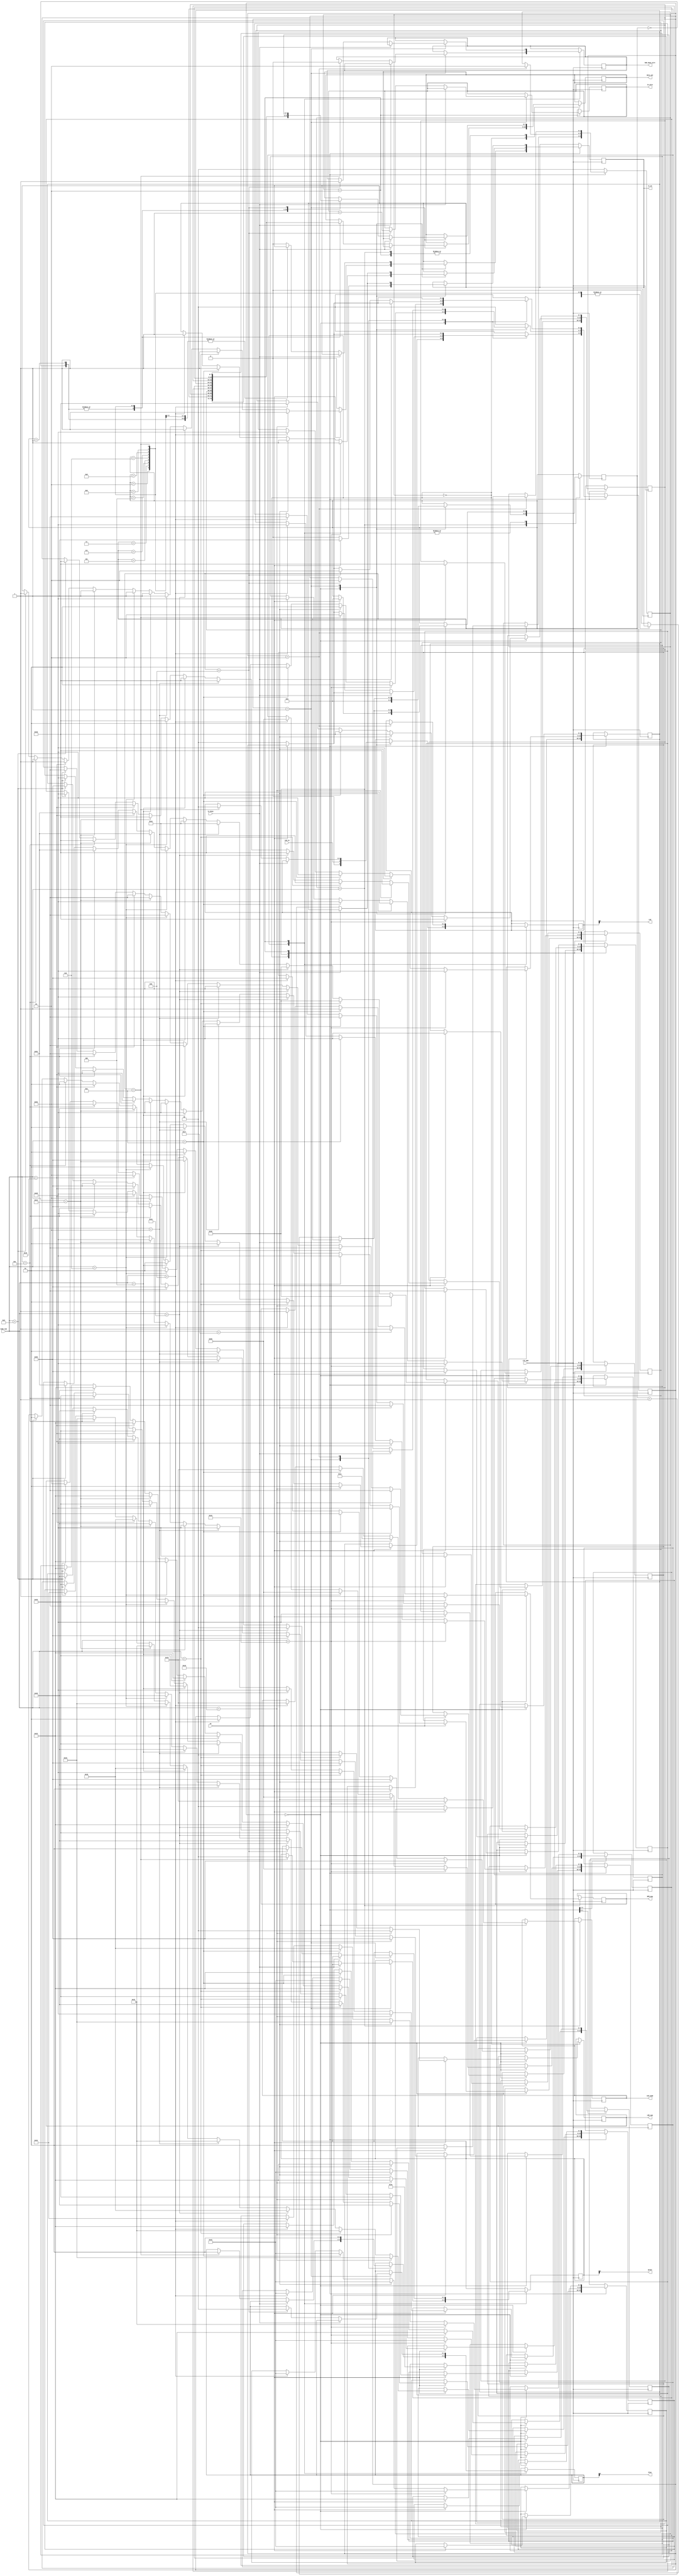
module FIM(
    input clk_50M, tx_busy, en,
	 input red_in,
	 input [4:0] node_num,
	 output reg tx_en,
	 output reg [7:0] data_out,
	 output reg BPM_msg, 
	 output reg [4:0] end_node,
	 output blue, green,
	 output reg [1:0] LED_num,
	 output red,
	 output bdm_done_wire,
	 output [1:0] in_wire
);

	 //assign tx_en = 1;
	 reg [4:0] cnt = 5'd0;
	 parameter IDLE = 2'd0;
	 parameter SEND = 2'd1;
	 parameter WAIT = 2'd2;
	 parameter FIM = 2'd0;
	 parameter BPM = 2'd1;
	 parameter BDM = 2'd2;
	 reg [1:0] state = IDLE, blue_reg=0, green_reg=0,red_reg=0;
	 reg [1:0] msg_type=FIM;
	 reg [7:0] data_0, data_1, data_2, data_3, data_4, data_5, data_6, data_7, data_8, data_9,data_10;
	 reg bdm_done=0;
	 reg [1:0]in=0;

	 
	 assign blue=blue_reg;
	 assign green=green_reg;
	 assign red=red_reg;
	 assign bdm_done_wire=bdm_done;
	 assign in_wire=in;
	 
	 
	 
    always @(posedge clk_50M) begin 
	 //red_reg<=red_in;
	 
	 //if (reset) red_reg<=0; blue_reg<=0; green_reg<=0;
	 case(msg_type)
		FIM: begin
		case(state)
			IDLE: begin
			red_reg<=red_in;
				if (en) begin
					cnt <= 0;
					if (node_num==29) begin
					//FIM-ESU1-#
					data_0 <= 8'd70;
					data_1 <= 8'd73;
					data_2 <= 8'd77;
					data_3 <= 8'd45;
					data_4 <= 8'd69; //unit
					data_5 <= 8'd83;
					data_6 <= 8'd85;
					data_7 <= 8'd51;   //number
					data_8 <= 8'd45;
					data_9 <= 8'd35;
					LED_num<=2'd0;
					tx_en <= 1;
					state <= SEND;
					end
					else if (node_num==25) begin
					//FIM-ESU2-#
					data_0 <= 8'd70;
					data_1 <= 8'd73;
					data_2 <= 8'd77;
					data_3 <= 8'd45;
					data_4 <= 8'd69; //unit
					data_5 <= 8'd83;
					data_6 <= 8'd85;
					data_7 <= 8'd49;   //number
					data_8 <= 8'd45;
					data_9 <= 8'd35;
					LED_num<=2'd0;
					tx_en <= 1;
					state <= SEND;
					end
					else if (node_num==26) begin
					//FIM-ESU3-#
					data_0 <= 8'd70;
					data_1 <= 8'd73;
					data_2 <= 8'd77;
					data_3 <= 8'd45;
					data_4 <= 8'd69; //unit
					data_5 <= 8'd83;
					data_6 <= 8'd85;
					data_7 <= 8'd50;  //number
					data_8 <= 8'd45;
					data_9 <= 8'd35;
					LED_num<=2'd0;
					tx_en <= 1;
					state <= SEND;
					end
					
					else if (node_num==2) begin
					//FIM-CSU1-#
					data_0 <= 8'd70;
					data_1 <= 8'd73;
					data_2 <= 8'd77;
					data_3 <= 8'd45;
					data_4 <= 8'd67; //unit
					data_5 <= 8'd83;
					data_6 <= 8'd85;
					data_7 <= 8'd49;  //number
					data_8 <= 8'd45;
					data_9 <= 8'd35;
					LED_num<=2'd1;
					tx_en <= 1;
					state <= SEND;
					end
					
					
					else if (node_num==4) begin
					//FIM-CSU2-#
					data_0 <= 8'd70;
					data_1 <= 8'd73;
					data_2 <= 8'd77;
					data_3 <= 8'd45;
					data_4 <= 8'd67; //unit
					data_5 <= 8'd83;
					data_6 <= 8'd85;
					data_7 <= 8'd50;  //number
					data_8 <= 8'd45;
					data_9 <= 8'd35;
					LED_num<=2'd1;
					tx_en <= 1;
					state <= SEND;
					end
					
					
					else if (node_num==6) begin
					//FIM-CSU3-#
					data_0 <= 8'd70;
					data_1 <= 8'd73;
					data_2 <= 8'd77;
					data_3 <= 8'd45;
					data_4 <= 8'd67; //unit
					data_5 <= 8'd83;
					data_6 <= 8'd85;
					data_7 <= 8'd51;  //number
					data_8 <= 8'd45;
					data_9 <= 8'd35;
					LED_num<=2'd1;
					tx_en <= 1;
					state <= SEND;
					end
					
					else if (node_num==19) begin
					//FIM-RSU1-#
					data_0 <= 8'd70;
					data_1 <= 8'd73;
					data_2 <= 8'd77;
					data_3 <= 8'd45;
					data_4 <= 8'd82; //unit
					data_5 <= 8'd83;
					data_6 <= 8'd85;
					data_7 <= 8'd49; //number
					data_8 <= 8'd45;
					data_9 <= 8'd35;
					LED_num<=2'd2;
					tx_en <= 1;
					state <= SEND;
					end
					
					
					else if (node_num==16) begin
					//FIM-RSU2-#
					data_0 <= 8'd70;
					data_1 <= 8'd73;
					data_2 <= 8'd77;
					data_3 <= 8'd45;
					data_4 <= 8'd82; //unit
					data_5 <= 8'd83;
					data_6 <= 8'd85;
					data_7 <= 8'd50; //number
					data_8 <= 8'd45;
					data_9 <= 8'd35;
					LED_num<=2'd2;
					tx_en <= 1;
					state <= SEND;
					end
					
					else if (node_num==14) begin
					//FIM-RSU3-#
					data_0 <= 8'd70;
					data_1 <= 8'd73;
					data_2 <= 8'd77;
					data_3 <= 8'd45;
					data_4 <= 8'd82; //unit
					data_5 <= 8'd83;
					data_6 <= 8'd85;
					data_7 <= 8'd51;  //number
					data_8 <= 8'd45;
					data_9 <= 8'd35;
					LED_num<=2'd2;
					tx_en <= 1;
					state <= SEND;
					end
					
					else if (node_num==13) begin
					//FIM-RSU4-#
					data_0 <= 8'd70;
					data_1 <= 8'd73;
					data_2 <= 8'd77;
					data_3 <= 8'd45;
					data_4 <= 8'd82; //unit
					data_5 <= 8'd83;
					data_6 <= 8'd85;
					data_7 <= 8'd52;
					data_8 <= 8'd45;
					data_9 <= 8'd35;
					LED_num<=2'd2;
					tx_en <= 1;
					state <= SEND;
					end
				end
				else begin tx_en <= 0; end
			end
			SEND: begin
				if (!en) begin state <= IDLE; end
				if (!tx_busy) begin
					case (cnt)
						5'd0: begin data_out <= data_0; end
						5'd1: begin data_out <= data_0; end
						5'd2: begin data_out <= data_1; end
						5'd3: begin data_out <= data_2; end
						5'd4: begin data_out <= data_3; end
						5'd5: begin data_out <= data_4; end
						5'd6: begin data_out <= data_5; end
						5'd7: begin data_out <= data_6; end
						5'd8: begin data_out <= data_7; end
						5'd9: begin data_out <= data_8; end
						5'd10: begin data_out <= data_9; tx_en <= 0; blue_reg<=1; red_reg<=0; green_reg<=0; bdm_done<=0; state <= WAIT;end
						default: begin cnt <= 10; tx_en <= 0; end
					endcase
					cnt <= cnt + 1'b1;
				end
			end
			
			WAIT: begin
				blue_reg<=1;
				if (!en) begin state <= IDLE; msg_type<=BPM;end
				end
				
			default: begin state <= IDLE; end
		endcase
		end
		BPM: begin
			case(state)
			IDLE: begin
					cnt <= 0;
					if (node_num==22) begin
					//BPM-SU-B1-#
					data_0 <= 8'd66;
					data_1 <= 8'd80;
					data_2 <= 8'd77;
					data_3 <= 8'd45;
					data_4 <= 8'd83; 
					data_5 <= 8'd85;
					data_6 <= 8'd45;
					data_7 <= 8'd66;
					data_8 <= 8'd49;  //block number
					data_9 <= 8'd45;
					data_10<= 8'd35;
					BPM_msg<=1;
					end_node<=25;
					tx_en <= 1;
					state <= SEND;
					end
					
					else if (node_num==23) begin
					//BPM-SU-B3-#
					data_0 <= 8'd66;
					data_1 <= 8'd80;
					data_2 <= 8'd77;
					data_3 <= 8'd45;
					data_4 <= 8'd83; 
					data_5 <= 8'd85;
					data_6 <= 8'd45;
					data_7 <= 8'd66;
					data_8 <= 8'd51; //block number
					data_9 <= 8'd45;
					data_10 <= 8'd35;
					BPM_msg<=1;
					end_node<=28;
					tx_en <= 1;
					state <= SEND;
				end
				
				else if (node_num==10) begin
					//BPM-SU-B2-#
					data_0 <= 8'd66;
					data_1 <= 8'd80;
					data_2 <= 8'd77;
					data_3 <= 8'd45;
					data_4 <= 8'd83; 
					data_5 <= 8'd85;
					data_6 <= 8'd45;
					data_7 <= 8'd66;
					data_8 <= 8'd50;  //block number
					data_9 <= 8'd45;
					data_10<= 8'd35;
					BPM_msg<=1;
					end_node<=25;
					tx_en <= 1;
					state <= SEND;
					end
					
				else if (node_num==11) begin
					//BPM-SU-B4-#
					data_0 <= 8'd66;
					data_1 <= 8'd80;
					data_2 <= 8'd77;
					data_3 <= 8'd45;
					data_4 <= 8'd83; 
					data_5 <= 8'd85;
					data_6 <= 8'd45;
					data_7 <= 8'd66;
					data_8 <= 8'd52;  //block number
					data_9 <= 8'd45;
					data_10<= 8'd35;
					BPM_msg<=1;
					end_node<=25;
					tx_en <= 1;
					state <= SEND;
					end

			end
			
			SEND: begin
				//if (!en) begin state <= IDLE; end
				if (!tx_busy) begin
					case (cnt)
						5'd0: begin data_out <= data_0;  end
						5'd1: begin data_out <= data_0;  end
						5'd2: begin data_out <= data_1; end
						5'd3: begin data_out <= data_2; end
						5'd4: begin data_out <= data_3; end
						5'd5: begin data_out <= data_4; end
						5'd6: begin data_out <= data_5; end
						5'd7: begin data_out <= data_6; end
						5'd8: begin data_out <= data_7; end
						5'd9: begin data_out <= data_8; end
						5'd10: begin data_out <= data_9; end
						5'd11: begin data_out <= data_10; tx_en <= 0; state <= WAIT;end
						default: begin cnt <= 11; tx_en <= 0; end
					endcase
					cnt <= cnt + 1'b1;
				end
			end
			
			WAIT: begin
				state <= IDLE; msg_type<=BDM;
				end
				
				
			default: begin state <= IDLE; end
		endcase
    end
	 
	 		BDM: begin
			case(state)
			IDLE: begin
				if (en) begin
					cnt <= 0;				
					//BDM-SU-B1-#
					data_0 <= 8'd66;
					data_1 <= 8'd68;
					data_2 <= 8'd77;
					data_3 <= 8'd45;
					data_4 <= 8'd83; 
					data_5 <= 8'd85;
					data_6 <= 8'd45;
					data_7 <= 8'd66;
					//data_8 <= 8'd49;  //block number
					data_9 <= 8'd45;
					data_10<= 8'd35;
					tx_en <= 1;
					state <= SEND;


					
				end
				else begin tx_en <= 0; end
			end
			
			SEND: begin
				if (!en) begin state <= IDLE; end
				if (!tx_busy) begin
					case (cnt)
						5'd0: begin data_out <= data_0; end
						5'd1: begin data_out <= data_0; end
						5'd2: begin data_out <= data_1; end
						5'd3: begin data_out <= data_2; end
						5'd4: begin data_out <= data_3; end
						5'd5: begin data_out <= data_4; end
						5'd6: begin data_out <= data_5; end
						5'd7: begin data_out <= data_6; end
						5'd8: begin data_out <= data_7; end
						5'd9: begin data_out <= data_8; end
						5'd10: begin data_out <= data_9; end
						5'd11: begin data_out <= data_10; tx_en <= 0; state <= WAIT; blue_reg<=0; green_reg<=1; bdm_done<=1; in<=in+1;  end
						default: begin cnt <= 11; tx_en <= 0; end
					endcase
					cnt <= cnt + 1'b1;
				end
			end
			
			WAIT: begin
			red_reg<=1;
				if (!en) begin state <= IDLE; msg_type<=FIM;end
				end
			default: begin state <= IDLE; end
		endcase
    end
				
	 default: begin msg_type<=FIM; end
	 endcase
	 end
endmodule